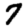
Digit: 7